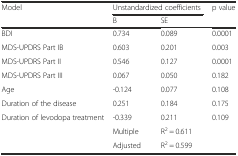
<table><thead><tr><td rowspan="2"><b>Model</b></td><td colspan="2"><b>Unstandardized coefficients</b></td><td rowspan="2"><b>p value</b></td></tr><tr><td><b>B</b></td><td><b>SE</b></td></tr></thead><tbody><tr><td>BDI</td><td>0.734</td><td>0.089</td><td>0.0001</td></tr><tr><td>MDS-UPDRS Part IB</td><td>0.603</td><td>0.201</td><td>0.003</td></tr><tr><td>MDS-UPDRS Part II</td><td>0.546</td><td>0.127</td><td>0.0001</td></tr><tr><td>MDS-UPDRS Part III</td><td>0.067</td><td>0.050</td><td>0.182</td></tr><tr><td>Age</td><td>-0.124</td><td>0.077</td><td>0.108</td></tr><tr><td>Duration of the disease</td><td>0.251</td><td>0.184</td><td>0.175</td></tr><tr><td>Duration of levodopa treatment</td><td>-0.339</td><td>0.211</td><td>0.109</td></tr><tr><td></td><td>Multiple</td><td>R<sup>2</sup> = 0.611</td><td></td></tr><tr><td></td><td>Adjusted</td><td>R<sup>2</sup> = 0.599</td><td></td></tr></tbody></table>